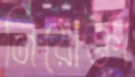
নিয়োক্তা